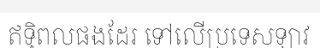
ឥទ្ធិពលផងដែរ ទៅលើប្រទេសឡាវ